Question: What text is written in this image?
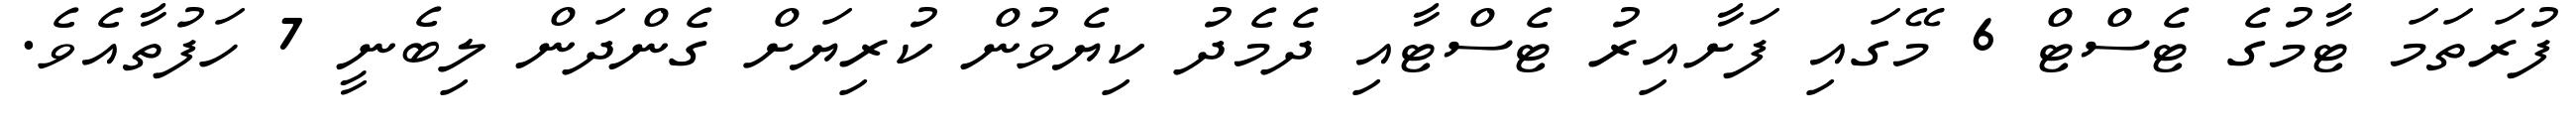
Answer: ފުރަތަމަ ޓާމުގެ ޓެސްޓް 6 މޭގައި ފަށާއިރު ޓެސްޓާއި ދެމެދު ކިޔެވުން ކުރިޔަށް ގެންދަން ލިބެނީ 7 ހަފުތާއެވެ.